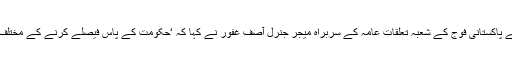
اس سے قبل آسیہ بی بی کی بریت کے بعد ہونے والے مظاہروں پر پہلی بار رد عمل دیتے ہوئے پاکستانی فوج کے شعبہ تعلقات عامہ کے سربراہ میجر جنرل آصف غفور نے کہا کہ ‘حکومت کے پاس فیصلے کرنے کے مختلف آپشنز ہوتے ہیں اور پہلے پولیس، رینجرز اور پھر فوج کے استعمال کا فیصلہ لیا جا سکتا ہے۔